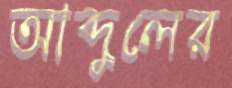
আব্দুলের